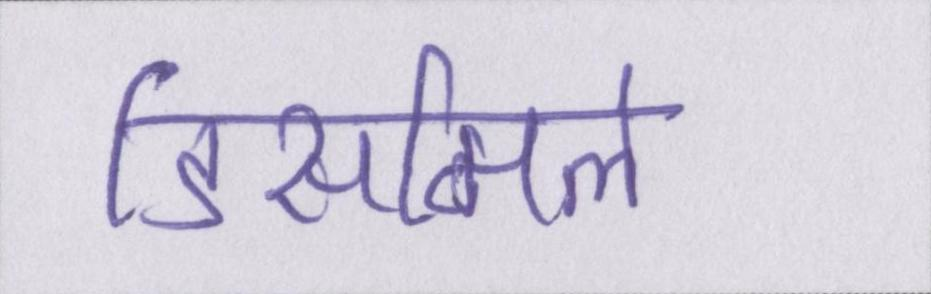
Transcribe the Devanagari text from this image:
डिसमिल